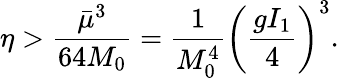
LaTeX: \eta>\displaystyle\frac{\bar{\mu}^{3}}{64M_{0}}=\displaystyle\frac{1}{M_{0}^{4}}\left(\displaystyle\frac{gI_{1}}{4}\right)^{3}.